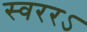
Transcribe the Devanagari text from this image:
स्वररऽ